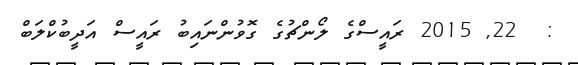
:  22